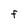
Character: f